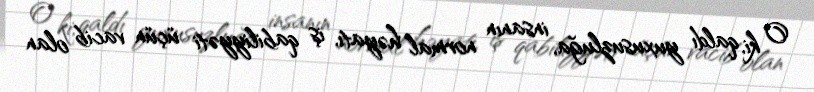
O ki, qaldı yuxusuzluğa, insanın normal həyatı, iş qabiliyyəti üçün vacib olan